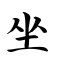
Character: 坐